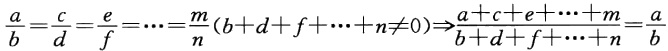
$\frac{a}{b}=\frac{c}{d}=\frac{e}{f}=\cdots=\frac{m}{n}(b + d + f+\cdots + n\neq0)\Rightarrow\frac{a + c + e+\cdots + m}{b + d + f+\cdots + n}=\frac{a}{b}$